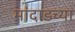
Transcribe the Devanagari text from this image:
मांदाडच्या